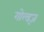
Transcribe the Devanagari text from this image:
गोल्ड्ज़